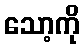
သော့ကို